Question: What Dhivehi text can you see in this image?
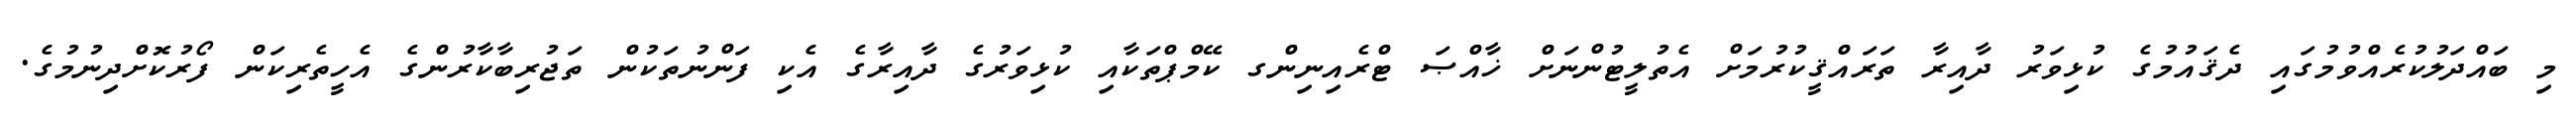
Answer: މި ބައްދަލުކުރެއްވުމުގައި ދެޤައުމުގެ ކުޅިވަރު ދާއިރާ ތަރައްޤީކުރުމަށް އެތުލީޓުންނަށް ޚާއްޞަ ޓްރެއިނިންގ ކޭމްޕްތަކާއި ކުޅިވަރުގެ ދާއިރާގެ އެކި ފަންނުތަކުން ތަޖުރިބާކާރުންގެ އެހީތެރިކަން ފޯރުކޮށްދިނުމުގެ.